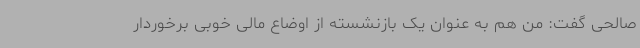
صالحی گفت: من هم به عنوان یک بازنشسته از اوضاع مالی خوبی برخوردار